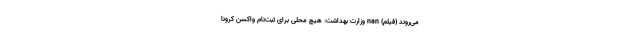
می‌روند (فیلم) nan وزارت بهداشت: هیچ محلی برای ثبت‌نام واکسن کرونا